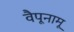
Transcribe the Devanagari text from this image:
वैपूनामू